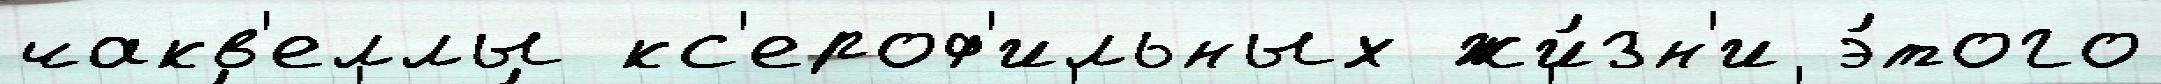
чакв'еллы кс'ероф'ильных жи́зн'и э́того